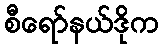
စီရော်နယ်ဒိုက